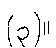
(၃)။